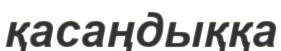
қасаңдыққа